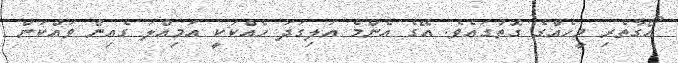
އޯގާތެރި މީހެއްގެ ގޮތުގައެވެ. އޭގެ އެންމެ އަލިގަދަ ހެއްކަކީ އަމިއްލަ ގެއިން ވައްކަން